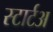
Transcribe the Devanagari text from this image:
स्टार्टअ